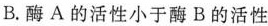
B.酶A的活性小于酶B的活性